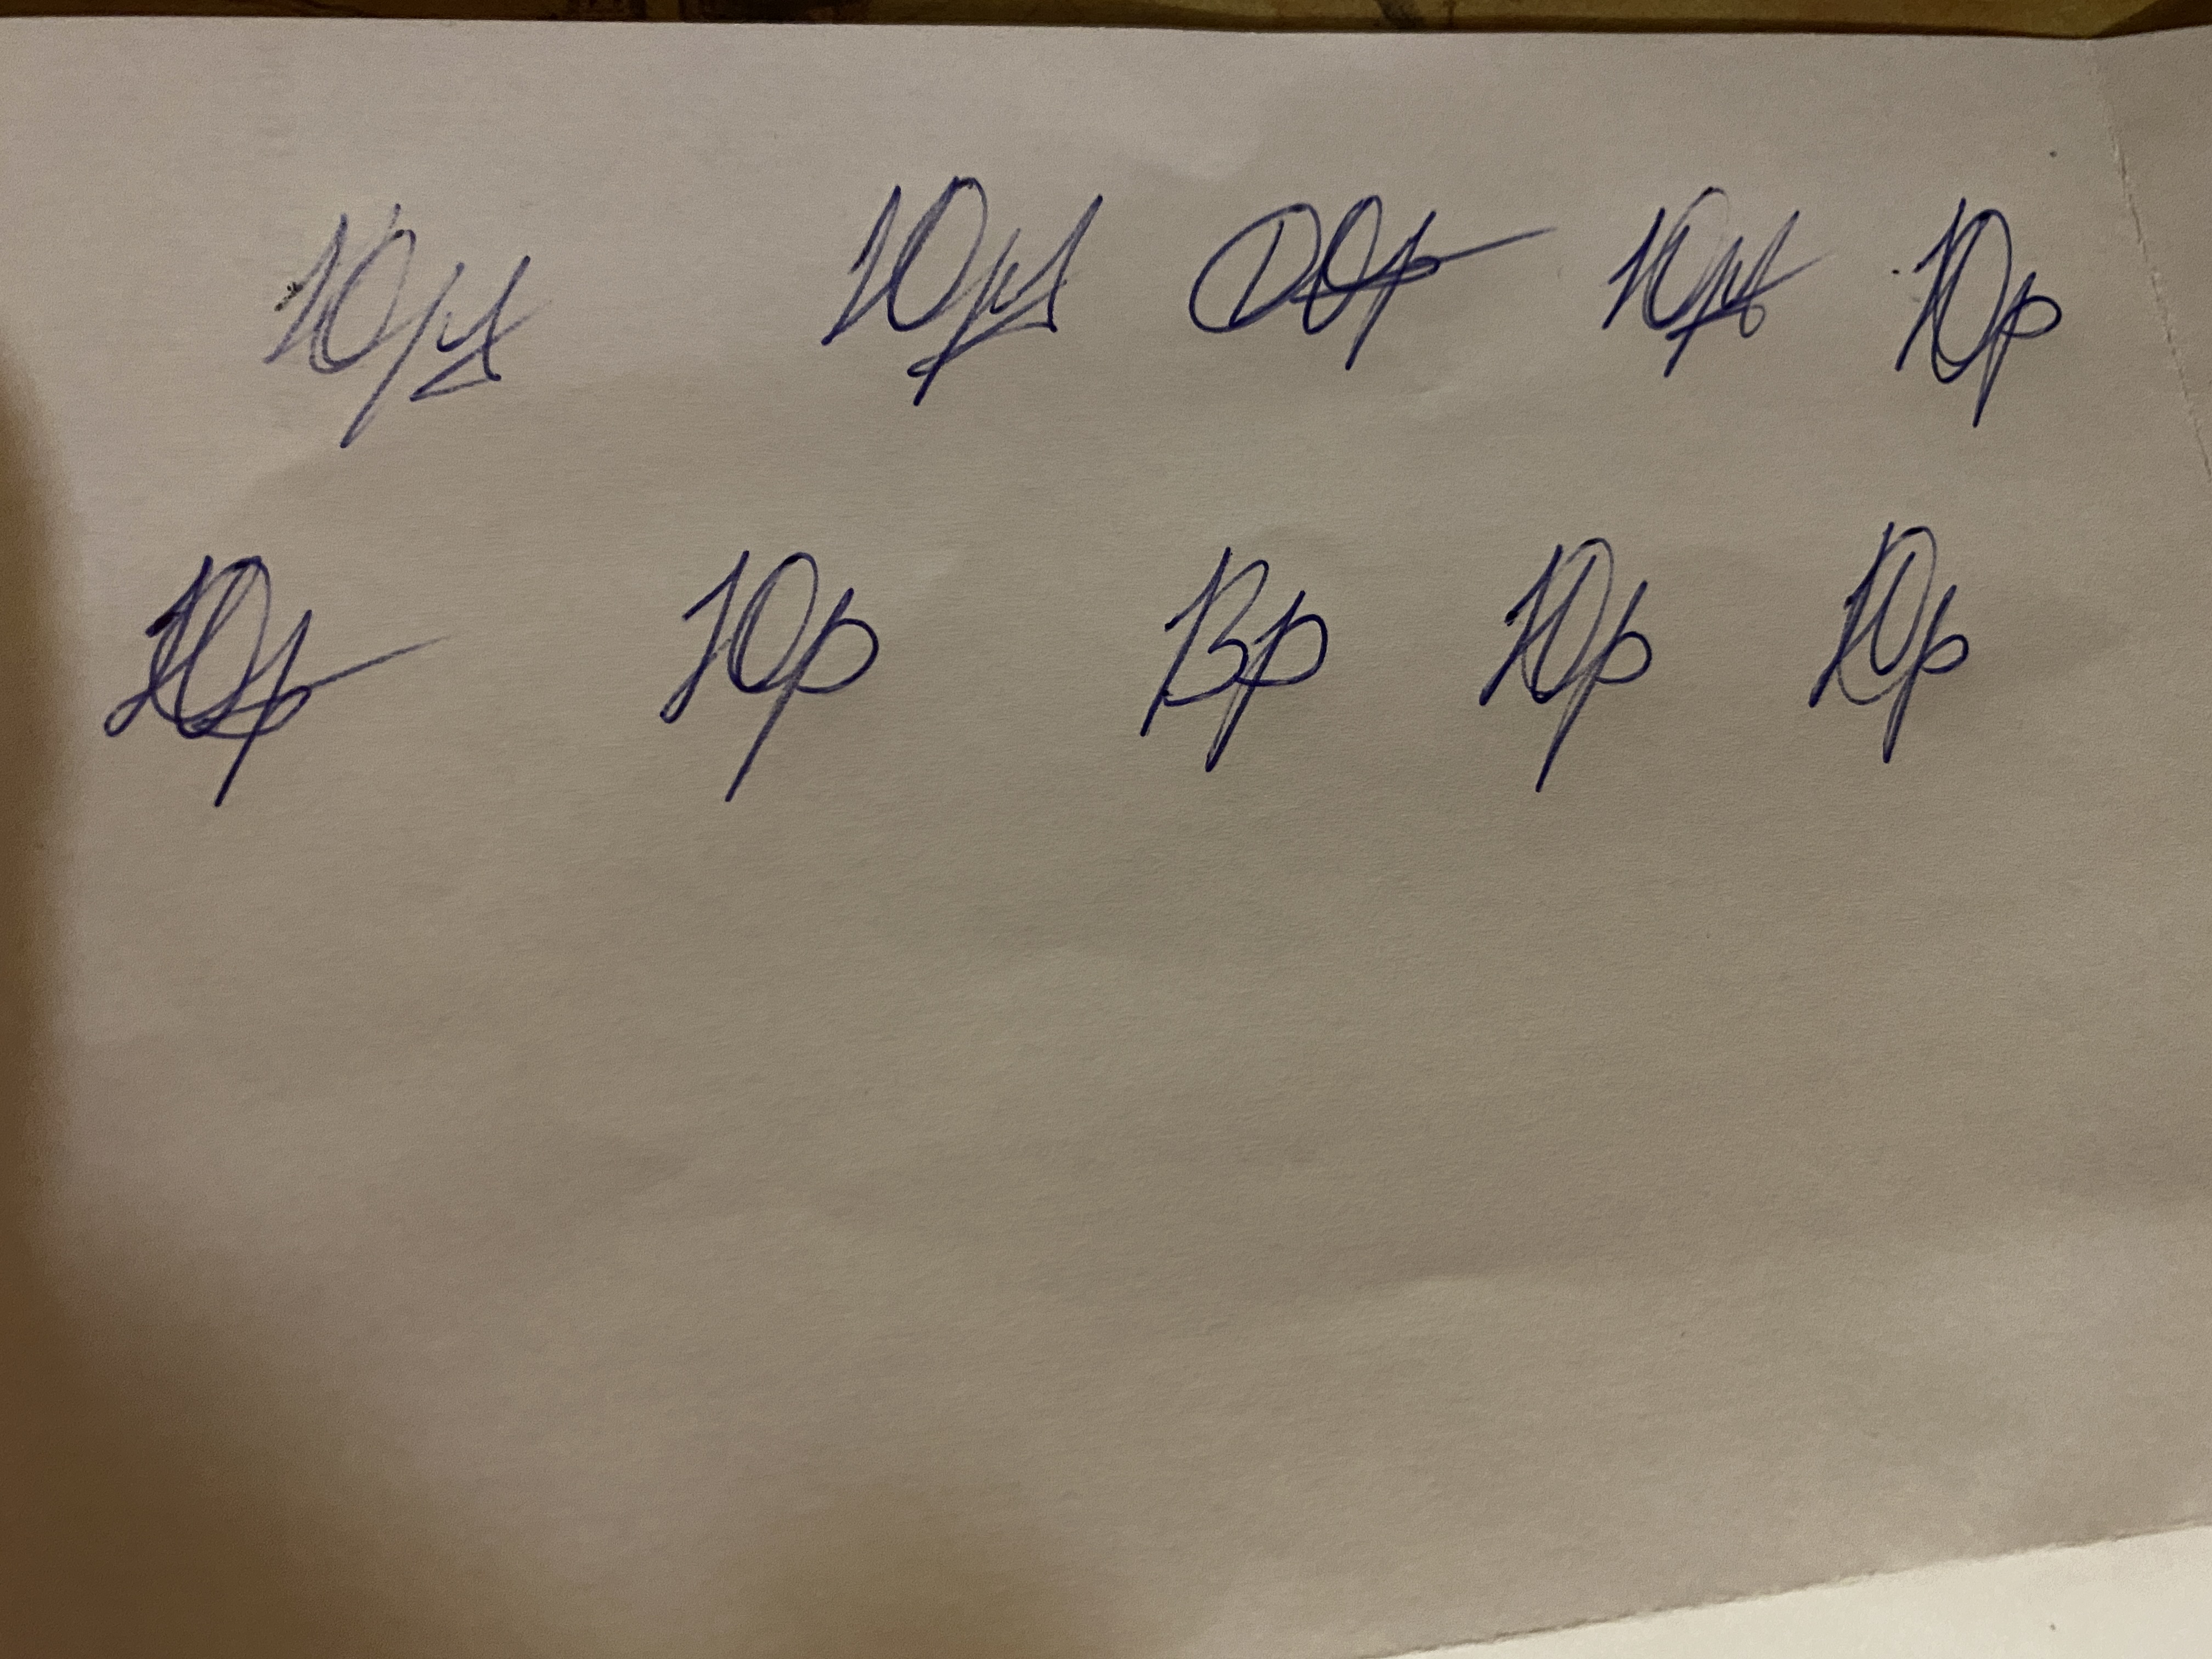
Signature authenticity: forged